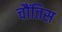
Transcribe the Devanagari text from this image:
चौंतिस